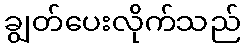
ချွတ်ပေးလိုက်သည်